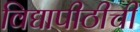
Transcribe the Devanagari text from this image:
विद्यापीठीची